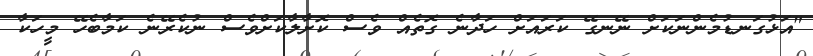
"އަޅުގަނޑުމެންނަކަށް ނޭނގޭ ކަރައަށް ހަދާނެ ގޮތެއް ވެސް ކޮށާލާކަށްވެސް ނުކެރޭނެ ކަމާބެހޭ މީހަކާ